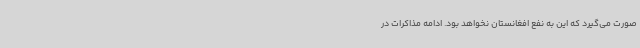
صورت می‌گیرد که این به نفع افغانستان نخواهد بود. ادامه مذاکرات در